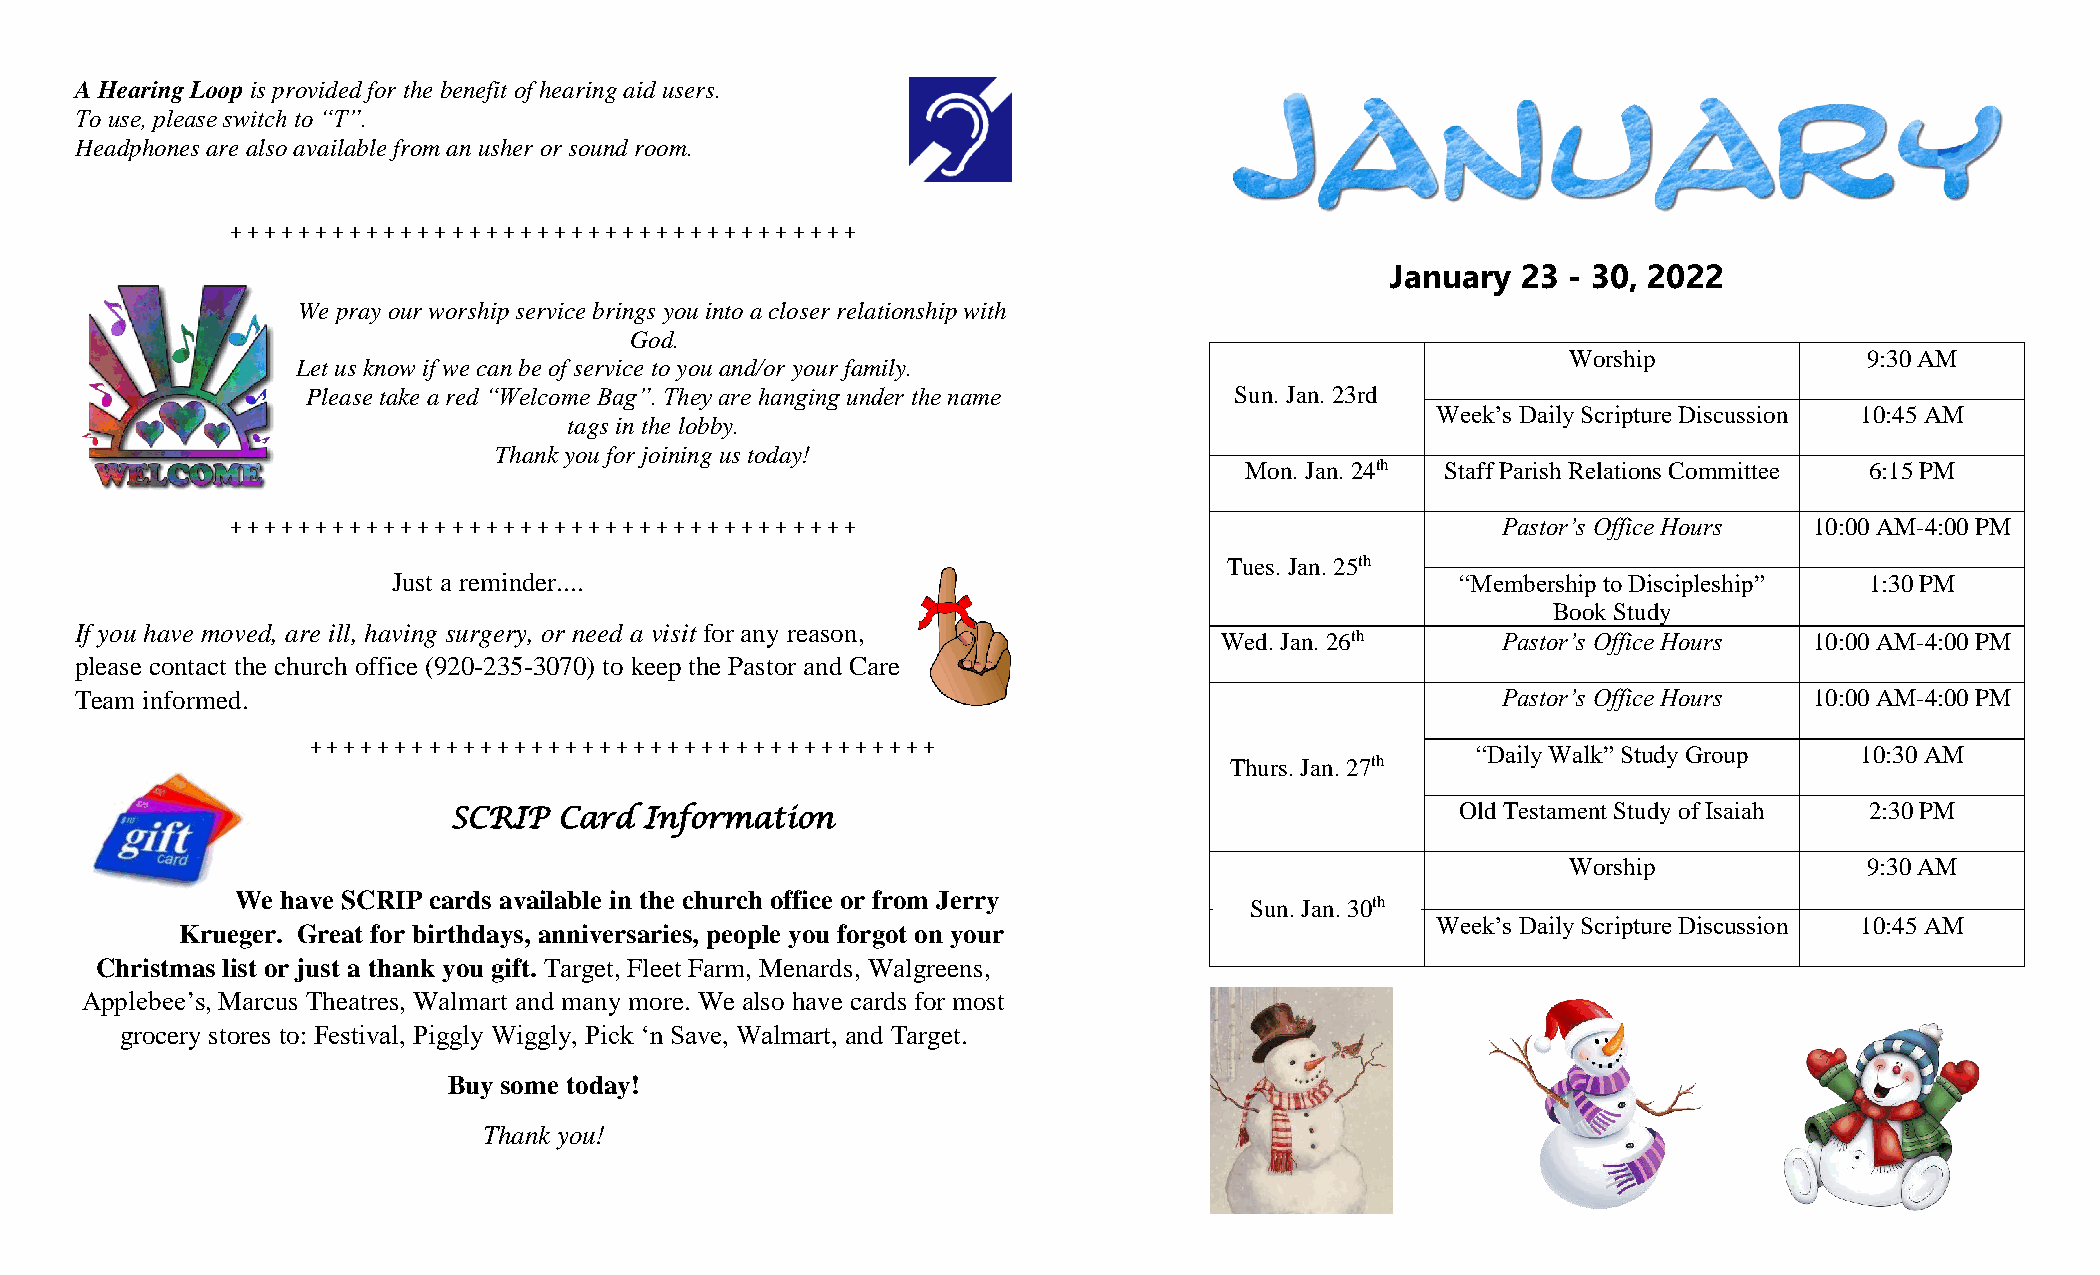
A Hearing Loop is provided for the benefit of hearing aid users.
 To use, please switch to “T”.
 Headphones are also available from an usher or sound room.
 + + + + + + + + + + + + + + + + + + + + + + + + + + + + + + + + + + + + +
 January  23 - 30, 2022
 We pray our worship service brings you into a closer relationship with
 God.
 Worship             9:30 AM
 Let us know if we can be of service to you and/or your family.
 Please take a red “Welcome Bag”. They are hanging under the name Sun. Jan. 23rd
 tags in the lobby.
 Week’s Daily Scripture Discussion 10:45 AM
 Thank you for joining us today!
 Mon. Jan. 24th Staff Parish Relations Committee 6:15 PM
 + + + + + + + + + + + + + + + + + + + + + + + + + + + + + + + + + + + + +           Pastor’s Office Hours 10:00 AM-4:00 PM
 Tues. Jan. 25th
 Just a reminder....                                                    “Membership to Discipleship” 1:30 PM
 Book Study
 If you have moved, are ill, having surgery, or need a visit for any reason,
 Wed. Jan. 26th    Pastor’s Office Hours 10:00 AM-4:00 PM
 please contact the church office (920-235-3070) to keep the Pastor and Care
 Team informed.                                                                                Pastor’s Office Hours 10:00 AM-4:00 PM
 + + + + + + + + + + + + + + + + + + + + + + + + + + + + + + + + + + + + +     “Daily Walk” Study Group 10:30 AM
 Thurs. Jan. 27th
 SCRIP  Card  Information
 Old Testament Study of Isaiah 2:30 PM
 Worship             9:30 AM
 We have SCRIP cards available in the church office or from Jerry   Sun. Ja n. 30th
 Week’s Daily Scripture Discussion 10:45 AM
 Krueger. Great for birthdays, anniversaries, people you forgot on your
 Christmas list or just a thank you gift. Target, Fleet Farm, Menards, Walgreens,
 Applebee’s, Marcus Theatres, Walmart and many more. We also have cards for most
 grocery stores to: Festival, Piggly Wiggly, Pick ‘n Save, Walmart, and Target.
 Buy some today!
 Thank you!